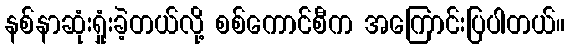
နစ်နာဆုံးရှုံးခဲ့တယ်လို့ စစ်ကောင်စီက အကြောင်းပြပါတယ်။